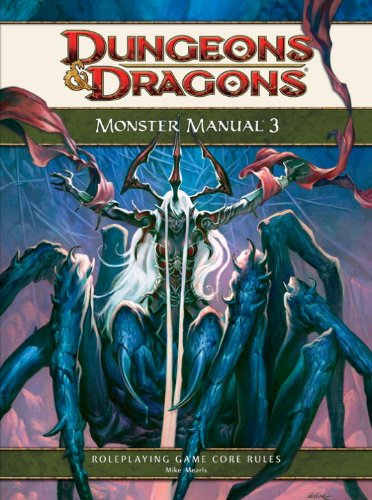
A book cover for Monster Manual 3: A 4th Edition D&D Core Rulebook (Dungeons & Dragons Core Rulebooks); Mike Mearls; Science Fiction & Fantasy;